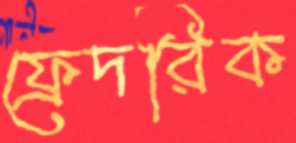
ফ্রেদরিক